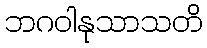
ဘဂဝါနုသာသတိ